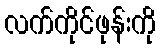
လက်ကိုင်ဖုန်းကို